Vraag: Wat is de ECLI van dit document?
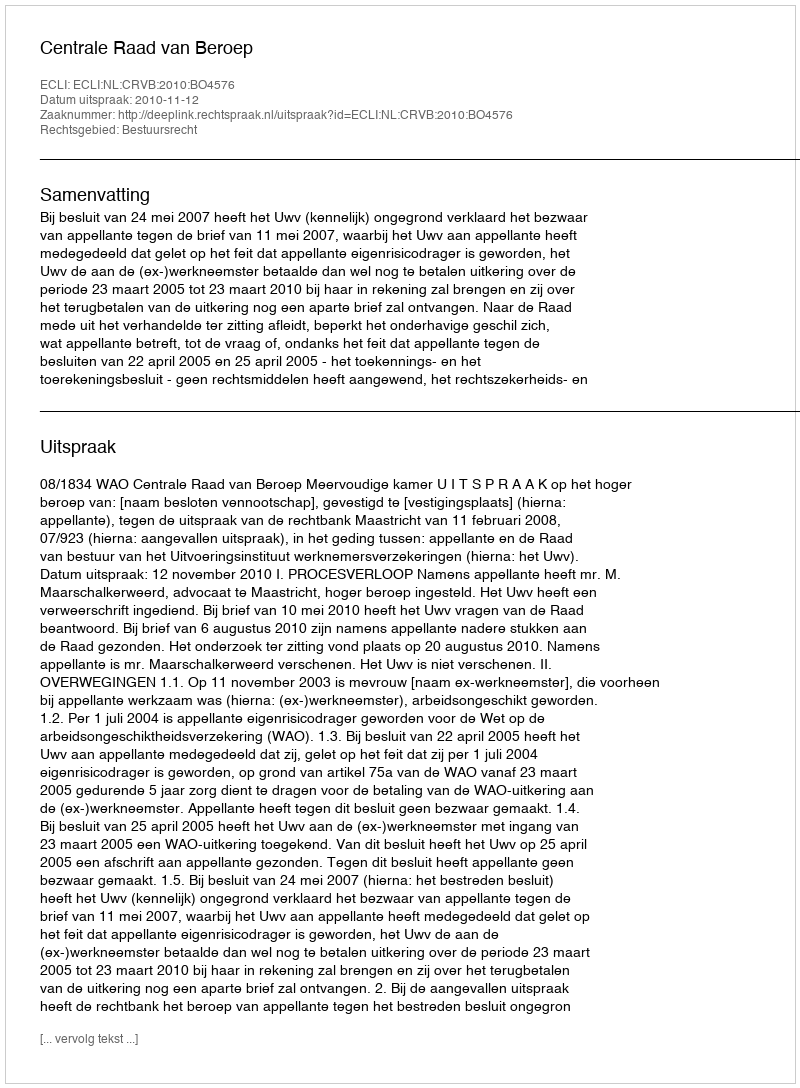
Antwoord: ECLI:NL:CRVB:2010:BO4576